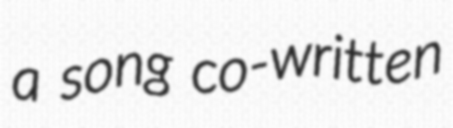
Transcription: a song co-written